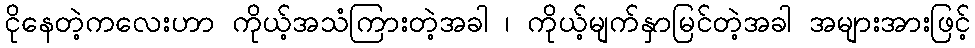
ငိုနေတဲ့ကလေးဟာ ကိုယ့်အသံကြားတဲ့အခါ ၊ ကိုယ့်မျက်နှာမြင်တဲ့အခါ အများအားဖြင့်